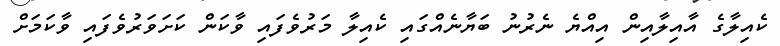
ކެއިލާގެ އާއިލާއިން އިއްޔެ ނެރުނު ބަޔާނެއްގައި ކެއިލާ މަރުވެފައި ވާކަން ކަށަވަރުވެފައި ވާކަމަށް